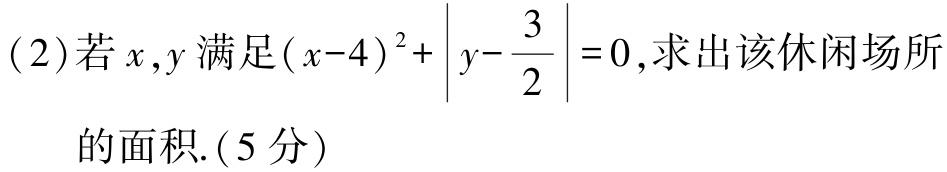
(2)若\(x,y\)满足\((x - 4)^2+\left|y - \dfrac{3}{2}\right| = 0\),求出该休闲场所的面积.(5分)